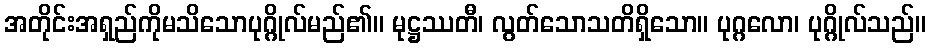
အတိုင်းအရှည်ကိုမသိသောပုဂ္ဂိုလ်မည်၏။ မုဋ္ဌဿတီ၊ လွတ်သောသတိရှိသော။ ပုဂ္ဂလော၊ ပုဂ္ဂိုလ်သည်။